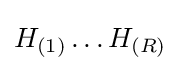
H_{(1)}\ldots H_{(R)}